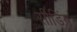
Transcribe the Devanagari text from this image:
सीडिंग